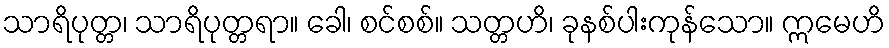
သာရိပုတ္တ၊ သာရိပုတ္တရာ။ ခေါ၊ စင်စစ်။ သတ္တဟိ၊ ခုနစ်ပါးကုန်သော။ ဣမေဟိ